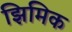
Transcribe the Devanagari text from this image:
झिमिक